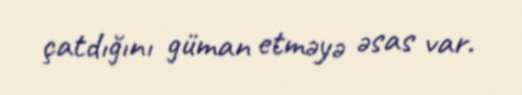
çatdığını güman etməyə əsas var.